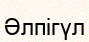
Әлпігүл